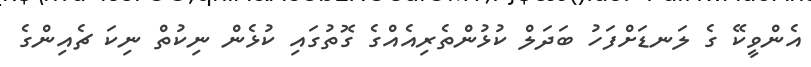
އެންވީކޭ ގެ ލަނޑަށްފަހު ބަދަލް ކުޅުންތެރިއެއްގެ ގޮތުގައި ކުޅެން ނިކުތް ނިކަ ޗެއިންގެ